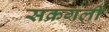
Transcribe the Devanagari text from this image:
सक्रगली